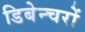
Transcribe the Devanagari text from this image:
डिबेन्‍चरों